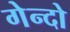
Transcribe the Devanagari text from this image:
गेन्दो